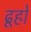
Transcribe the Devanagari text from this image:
ढूहों